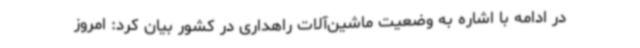
در ادامه با اشاره به وضعیت ماشین‌آلات راهداری در کشور بیان کرد: امروز